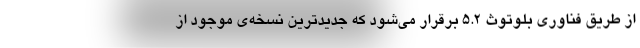
از طریق فناوری بلوتوث ۵.۲ برقرار می‌شود که جدیدترین نسخه‌ی موجود از